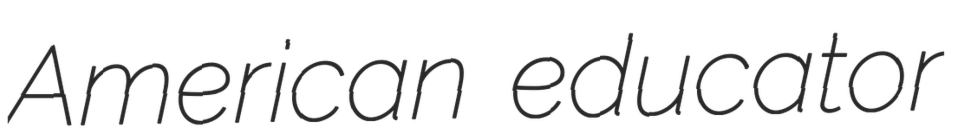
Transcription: American educator